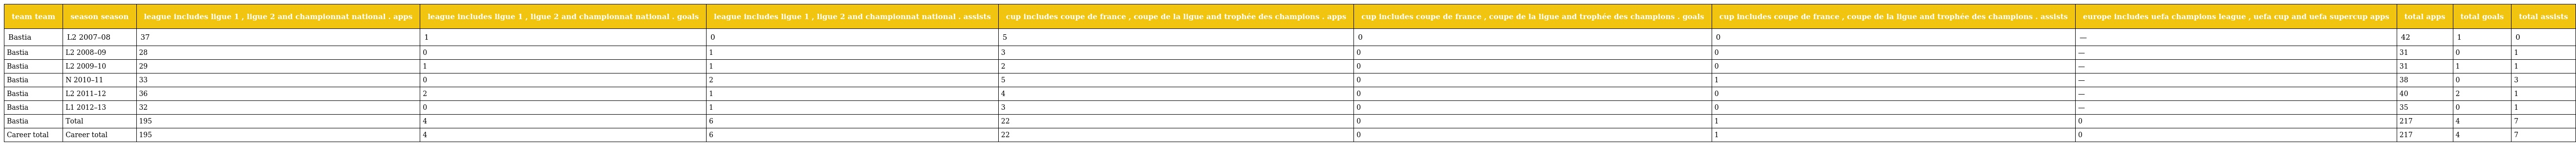
| team team | season season | league includes ligue 1 , ligue 2 and championnat national . apps | league includes ligue 1 , ligue 2 and championnat national . goals | league includes ligue 1 , ligue 2 and championnat national . assists | cup includes coupe de france , coupe de la ligue and trophée des champions . apps | cup includes coupe de france , coupe de la ligue and trophée des champions . goals | cup includes coupe de france , coupe de la ligue and trophée des champions . assists | europe includes uefa champions league , uefa cup and uefa supercup apps | total apps | total goals | total assists |
 | --- | --- | --- | --- | --- | --- | --- | --- | --- | --- | --- | --- |
 | Bastia | L2 2007–08 | 37 | 1 | 0 | 5 | 0 | 0 | — | 42 | 1 | 0 |
 | Bastia | L2 2008–09 | 28 | 0 | 1 | 3 | 0 | 0 | — | 31 | 0 | 1 |
 | Bastia | L2 2009–10 | 29 | 1 | 1 | 2 | 0 | 0 | — | 31 | 1 | 1 |
 | Bastia | N 2010–11 | 33 | 0 | 2 | 5 | 0 | 1 | — | 38 | 0 | 3 |
 | Bastia | L2 2011–12 | 36 | 2 | 1 | 4 | 0 | 0 | — | 40 | 2 | 1 |
 | Bastia | L1 2012–13 | 32 | 0 | 1 | 3 | 0 | 0 | — | 35 | 0 | 1 |
 | Bastia | Total | 195 | 4 | 6 | 22 | 0 | 1 | 0 | 217 | 4 | 7 |
 | Career total | Career total | 195 | 4 | 6 | 22 | 0 | 1 | 0 | 217 | 4 | 7 |